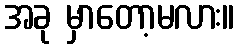
အခု မှာတော့မလား။